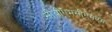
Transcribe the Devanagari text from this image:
सीबीएमसीएमएम